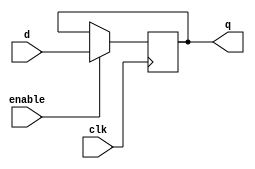
module dff (
    input d, clk, enable,
    output q
);
    reg q;

    always @(posedge clk)
        if(enable==1)
            begin
                q = d;
            end
    
endmodule